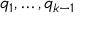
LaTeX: q _ { 1 } , \dots , q _ { k - 1 }